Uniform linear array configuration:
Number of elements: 4
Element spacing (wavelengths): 1
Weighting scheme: exponential
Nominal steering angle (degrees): -30
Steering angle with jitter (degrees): -31.793
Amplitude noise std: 0.05
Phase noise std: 0.05

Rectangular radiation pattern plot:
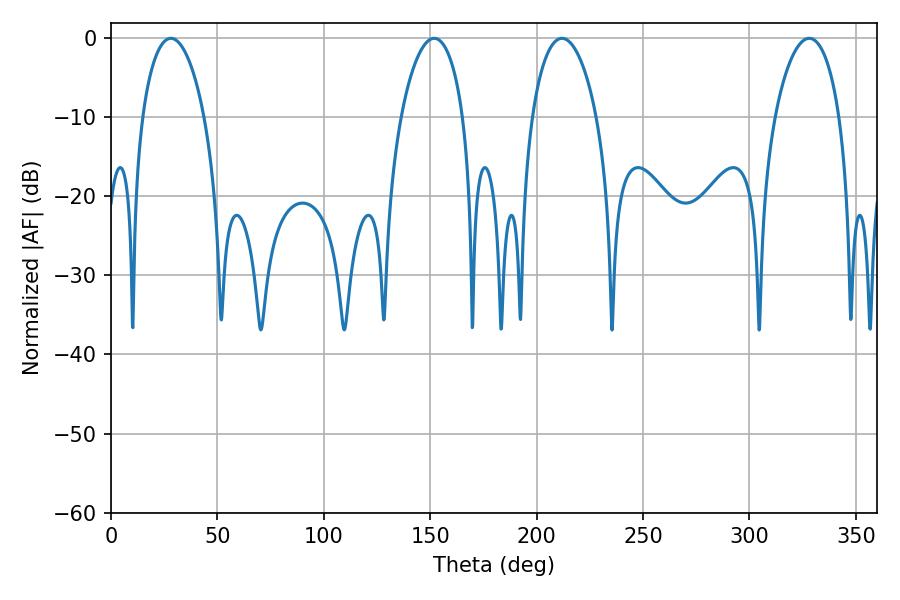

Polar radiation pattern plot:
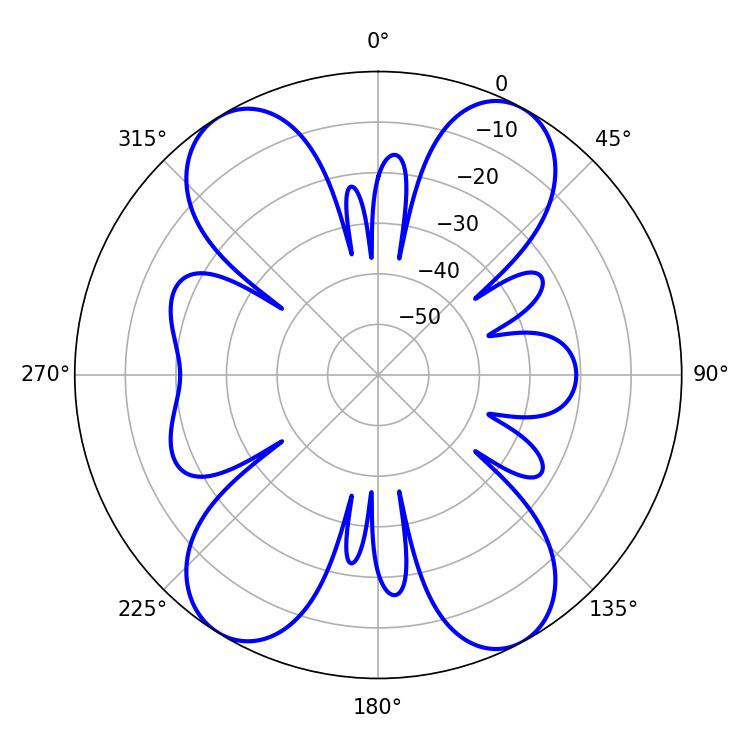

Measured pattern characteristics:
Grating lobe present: TRUE
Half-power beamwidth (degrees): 17.28
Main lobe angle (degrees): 211.86